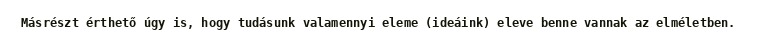
Másrészt érthető úgy is, hogy tudásunk valamennyi eleme (ideáink) eleve benne vannak az elméletben.